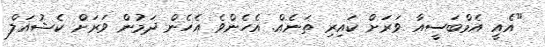
"އެއީ އެމްބަސީއާ ވަރަށް ކައިރި ތަނެއް. އެހެންވެ އެހެން ދަމުން ވަރަށް ކެޝުއަލް